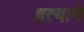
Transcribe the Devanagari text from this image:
हत्याने